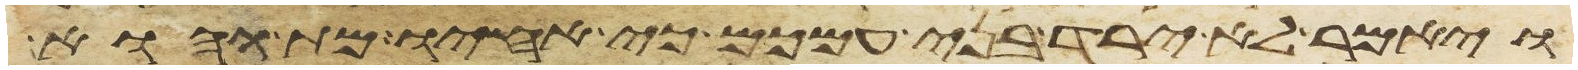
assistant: ויאמר לא ירד בני עמכם כי אחיו מת והוא